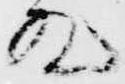
殿